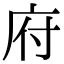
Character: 府